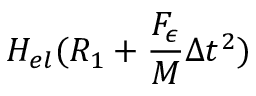
H _ { e l } ( R _ { 1 } + \frac { F _ { \epsilon } } { M } \Delta t ^ { 2 } )